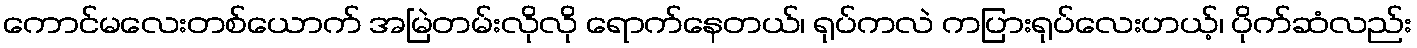
ကောင်မလေးတစ်ယောက် အမြဲတမ်းလိုလို ရောက်နေတယ်၊ ရုပ်ကလဲ ကပြားရုပ်လေးဟယ့်၊ ပိုက်ဆံလည်း